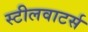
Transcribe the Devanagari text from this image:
स्टीलवाटर्स